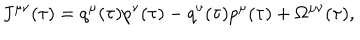
LaTeX: J ^ { \mu \nu } ( \tau ) = q ^ { \mu } ( \tau ) p ^ { \nu } ( \tau ) - q ^ { \nu } ( \tau ) p ^ { \mu } ( \tau ) + \Omega ^ { \mu \nu } ( \tau ) ,